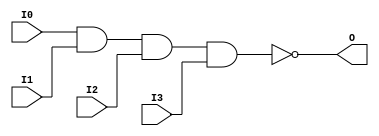
// $Header: /devl/xcs/repo/env/Databases/CAEInterfaces/verunilibs/data/uni9000/NAND4.v,v 1.4 2007/05/23 20:05:04 patrickp Exp $
///////////////////////////////////////////////////////////////////////////////
// Copyright (c) 1995/2004 Xilinx, Inc.
// All Right Reserved.
///////////////////////////////////////////////////////////////////////////////
//   ____  ____
//  /   /\/   /
// /___/  \  /    Vendor : Xilinx
// \   \   \/     Version : 7.1i (H.19)
//  \   \         Description : Xilinx Functional Simulation Library Component
//  /   /                  4-input NAND Gate
// /___/   /\     Filename : NAND4.v
// \   \  /  \    Timestamp : Thu Mar 25 16:42:03 PST 2004
//  \___\/\___\
//
// Revision:
//    03/23/04 - Initial version.
//    05/23/07 - Changed timescale to 1 ps / 1 ps.

`timescale  1 ps / 1 ps

`celldefine

module NAND4 (O, I0, I1, I2, I3);


    output O;

    input  I0, I1, I2, I3;

    nand A1 (O, I0, I1, I2, I3);

    specify
	(I0 *> O) = (0, 0);
	(I1 *> O) = (0, 0);
	(I2 *> O) = (0, 0);
	(I3 *> O) = (0, 0);
    endspecify

endmodule

`endcelldefine